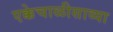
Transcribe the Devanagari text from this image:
एक्केचाळीसाव्या